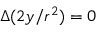
\Delta ( 2 y / r ^ { 2 } ) = 0